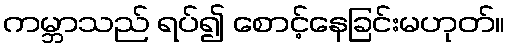
ကမ္ဘာသည် ရပ်၍ စောင့်နေခြင်းမဟုတ်။